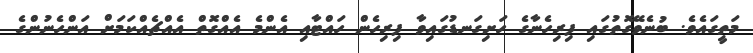
މަތީގައެވެ. ބުނެވޭގޮތުގައި ފިރިހެނާގެ ހަށިގަނޑުގައިވާ ފިރިހެން ހައްޓާއި އެންމެ އެއްގޮތް އެއްޗެއްކަމަށް އަންހެނުންގެ